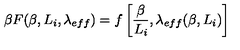
\beta F ( \beta , L _ { i } , \lambda _ { e f f } ) = f \left[ \frac { \beta } { L _ { i } } , \lambda _ { e f f } ( \beta , L _ { i } ) \right]